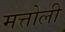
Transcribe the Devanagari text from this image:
मत्तोली